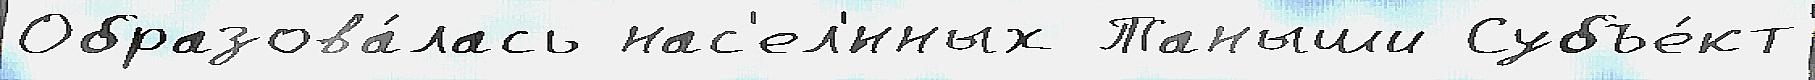
Образова́лась нас'ел'́нных Таныши Субъе́кт